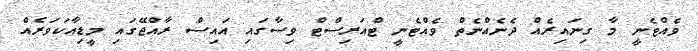
ވެއްޓެނީ މާ ގިނައިރެއް ދެނެއްނެތް ވެއްޓެނީ ޓްއަރިސްޓް ވިސާގައި އައިސް ރާއްޖޭގައި މީޑިއާކަވަރެއް